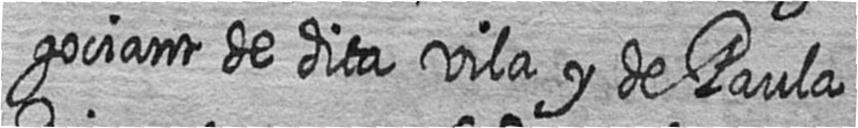
gociant de dita vila y de Paula